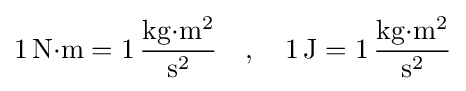
1\,{\text{N}}{\cdot }\mathrm {m} =1\,{\frac {{\text{kg}}{\cdot }{\text{m}}^{2}}{{\text{s}}^{2}}}\quad ,\quad 1\,\mathrm {J} =1\,{\frac {\mathrm {kg} {\cdot }\mathrm {m} ^{2}}{\mathrm {s} ^{2}}}